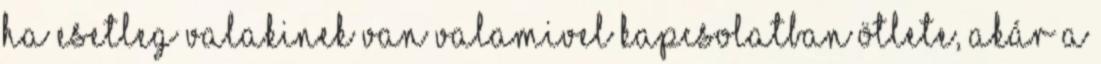
ha esetleg valakinek van valamivel kapcsolatban ötlete, akár a